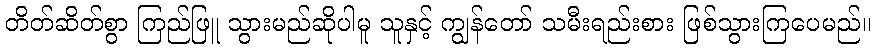
တိတ်ဆိတ်စွာ ကြည်ဖြူ သွားမည်ဆိုပါမူ သူနှင့် ကျွန်တော် သမီးရည်းစား ဖြစ်သွားကြပေမည်။